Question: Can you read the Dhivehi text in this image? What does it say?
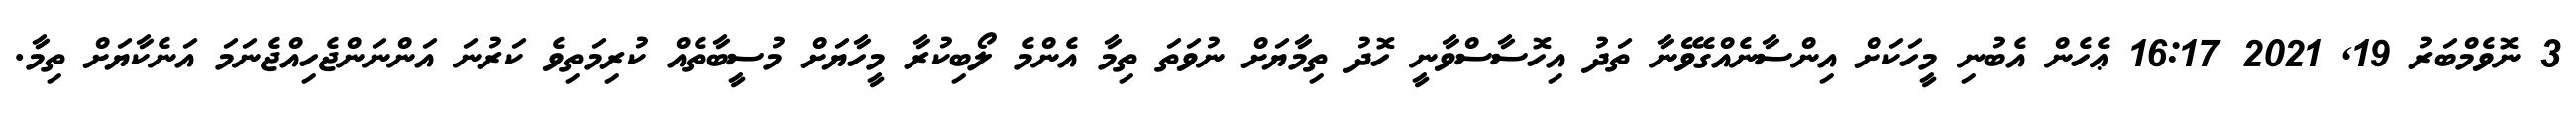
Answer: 3 ނޮވެމްބަރު 19, 2021 16:17 ޢެހެން އެބުނި މީހަކަށް އިންސާނެއްގެވޭނާ ތަދު އިހޮސާސްވާނީ ހޮދު ތިމާޔަށް ނުވަތަ ތިމާ އެންމެ ލޯބިކުރާ މީހާޔަށް މުސީބާތެއް ކުރިމަތިވެ ކަރުނަ އަންނަންޖެހިއްޖެނަމަ އަނެކާޔަށް ތިމާ.